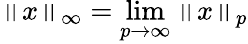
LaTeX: \left\| x\right\| _{\infty}=\operatorname*{lim}_{p\to\infty}\left\| x\right\| _{p}